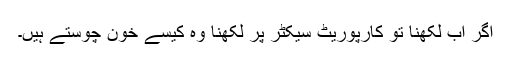
اگر اب لکھنا تو کارپوریٹ سیکٹر پر لکھنا وہ کیسے خون چوستے ہیں۔